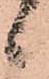
候